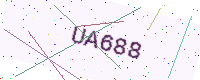
Text: UA688